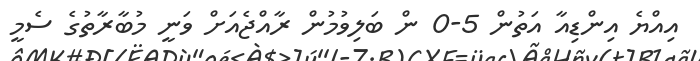
އިއްޔެ އިންޑިއާ އަތުން 5-0 ން ބަލިވުމުން ރާއްޖެއަށް ވަނީ މުބާރާތުގެ ސެމީ